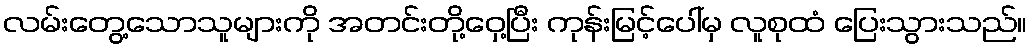
လမ်းတွေ့သောသူများကို အတင်းတို့ဝှေ့ပြီး ကုန်းမြင့်ပေါ်မှ လူစုထံ ပြေးသွားသည်။